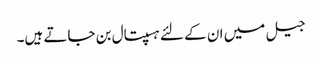
جیل میں ان کے لئے ہسپتال بن جاتے ہیں۔